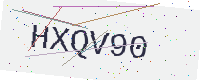
Text: HXQV90